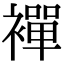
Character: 襌